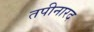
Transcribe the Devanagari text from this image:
तपीनारद